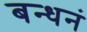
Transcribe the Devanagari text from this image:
बन्धनं